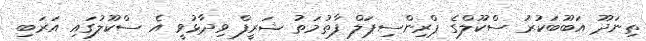
ތިނަދޫ އަބޫބަކުރު ސްކޫލްގެ ޕްރިންސިޕަލް ފާތުމަތު ޝަރީފް ވިދާޅުވީ އެ ސްކޫލުގައި އަރަބި